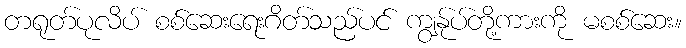
တရုတ်ပုလိပ် စစ်ဆေးရေးဂိတ်သည်ပင် ကျွန်ုပ်တို့ကားကို မစစ်ဆေး။